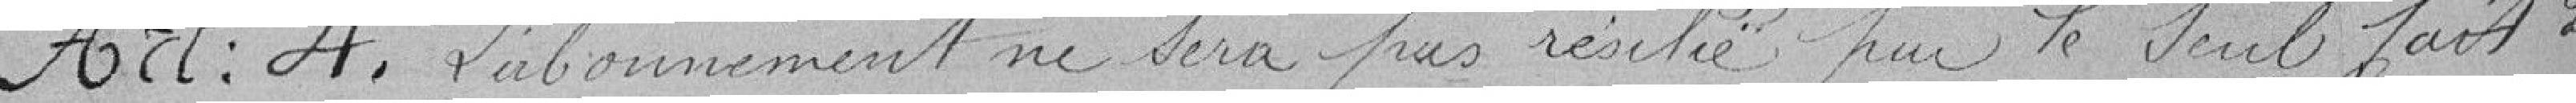
Article 4 : L'abonnement ne sera pas résilié par le seul fait de